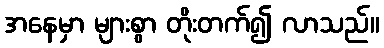
အနေမှာ များစွာ တိုးတက်၍ လာသည်။